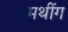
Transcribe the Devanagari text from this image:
समथींग